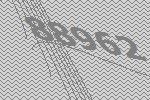
88962